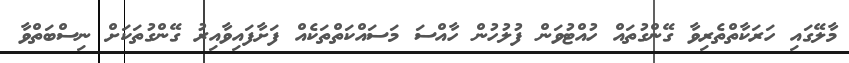
މާލޭގައި ހަރަކާތްތެރިވާ ގޭންގުތައް ހުއްޓުވަން ފުލުހުން ހާއްސަ މަސައްކަތްތަކެއް ފަށާފައިވާއިރު ގޭންގުތަކަށް ނިސްބަތްވާ